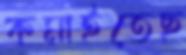
কমাইতেছ